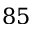
8 5